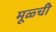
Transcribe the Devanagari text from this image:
मूळ्ची